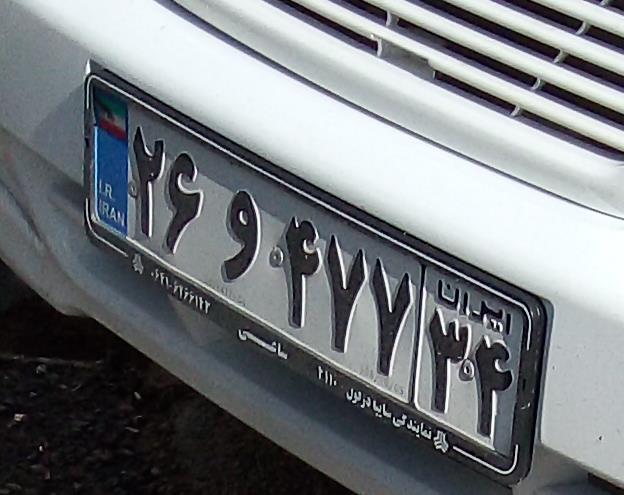
۲۶و۴۷۷۳۴